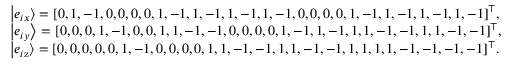
\begin{array} { l } { \left| { { e _ { i x } } } \right\rangle = { [ 0 , 1 , - 1 , 0 , 0 , 0 , 0 , 1 , - 1 , 1 , - 1 , 1 , - 1 , 1 , - 1 , 0 , 0 , 0 , 0 , 1 , - 1 , 1 , - 1 , 1 , - 1 , 1 , - 1 ] ^ { \top } } , } \\ { \left| { { e _ { i y } } } \right\rangle = { [ 0 , 0 , 0 , 1 , - 1 , 0 , 0 , 1 , 1 , - 1 , - 1 , 0 , 0 , 0 , 0 , 1 , - 1 , 1 , - 1 , 1 , 1 , - 1 , - 1 , 1 , 1 , - 1 , - 1 ] ^ { \top } } , } \\ { \left| { { e _ { i \mathrm { { z } } } } } \right\rangle = { [ 0 , 0 , 0 , 0 , 0 , 1 , - 1 , 0 , 0 , 0 , 0 , 1 , 1 , - 1 , - 1 , 1 , 1 , - 1 , - 1 , 1 , 1 , 1 , 1 , - 1 , - 1 , - 1 , - 1 ] ^ { \top } } . } \end{array}